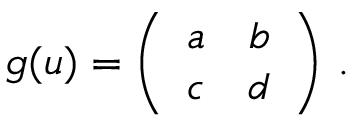
g ( u ) = \left( \begin{array} { c c } { { a } } & { { b } } \\ { { c } } & { { d } } \end{array} \right) \, .